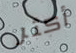
أكثر